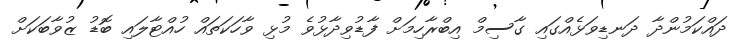
ދައްކަމުންދާ ދަނޑިވަޅެއްގައި ގާސިމް އިބްރާހިމަށް ފާޑުވިދާޅުވެ މުޅި ވާހަކަތައް ހުއްޓާލައި ބޮޑު ޒުވާބަކަށް